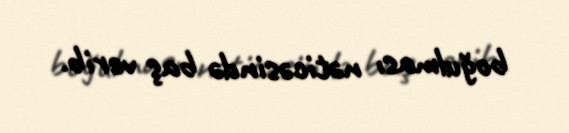
boğulması nəticəsində baş verib.